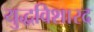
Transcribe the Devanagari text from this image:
युद्धविशारद